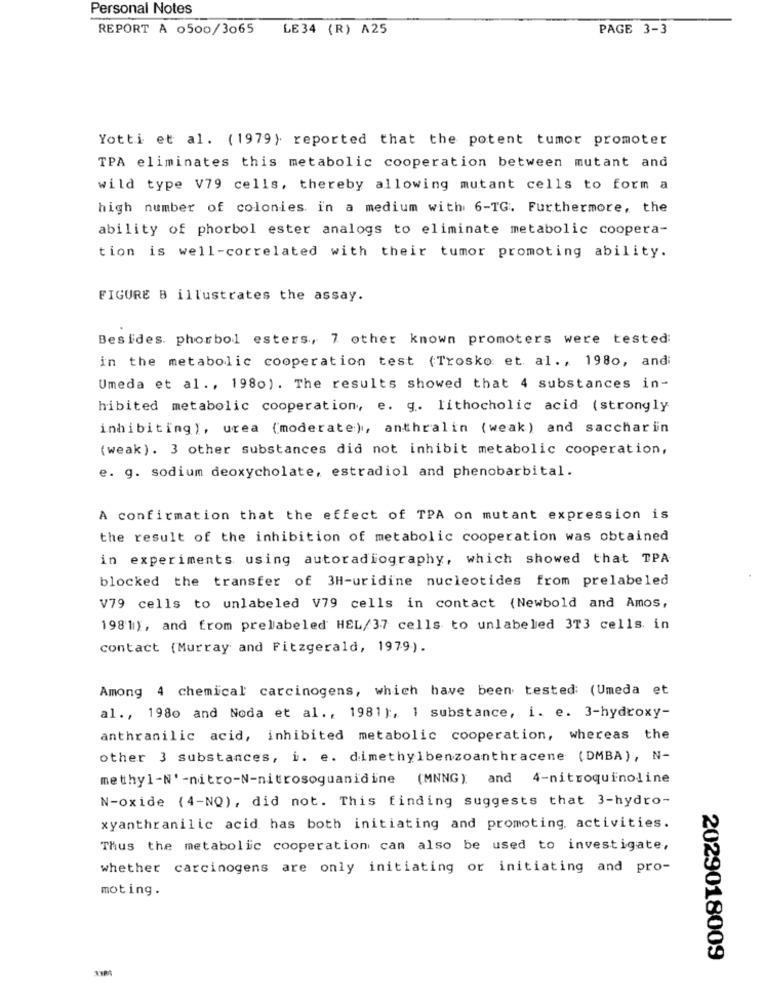
Personal Notes
REPORT A 0500/3065
LE34 (R) A25
PAGE 3-3
Yotti et al. (1979) reported that the potent tumor promoter
TPA eliminates this metabolic cooperation between mutant and
wild type V79 cells, thereby allowing mutant cells to form a
high number of colonies in a medium with 6-TG. Furthermore, the
ability of phorbol ester analogs to eliminate metabolic coopera-
tion is well-correlated with their tumor promoting ability.
FIGURE B illustrates the assay.
Besides. phorbol esters, 7 other known promoters were tested:
in the metabolic cooperation test (Trosko et al ., 1980, and
Umeda et al ., 1980). The results showed that 4 substances in-
hibited metabolic cooperation, e. g. lithocholic acid (strongly
inhibiting), urea (moderate), anthralin (weak) and saccharin
(weak). 3 other substances did not inhibit metabolic cooperation,
e. g. sodium deoxycholate, estradiol and phenobarbital.
A confirmation that the effect of TPA on mutant expression is
the result of the inhibition of metabolic cooperation was obtained
in experiments using autoradiography, which showed that TPA
blocked the transfer of 3H-uridine nucleotides from prelabeled
V79 cells to unlabeled V79 cells in contact (Newbold and Amos,
1981), and from prelabeled HEL/37 cells to unlabeled 3T3 cells. in
contact (Murray and Fitzgerald, 1979).
Among 4 chemical carcinogens, which have been tested: (Umeda et
al ., 1980 and Noda et al ., 1981}, 1 substance, i. e. 3-hydroxy-
anthranilic acid, inhibited metabolic cooperation, whereas the
other 3 substances, i. e. dimethylbenzoanthracene (DMBA), N-
methyl-N'-nitro-N-nitrosoguanidine (MNNG); and 4-nitroquinoline
N-oxide (4-NQ), did not. This finding suggests that 3-hydro-
xyanthranilic acid has both initiating and promoting, activities.
Thus the metabolic cooperation can also be used to investigate,
whether carcinogens are only initiating or initiating and pro-
moting.
2029018009